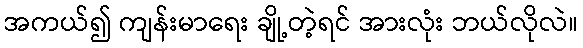
အကယ်၍ ကျန်းမာရေး ချို့တဲ့ရင် အားလုံး ဘယ်လိုလဲ။